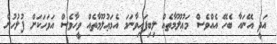
އަދީ އޭނައާ ބެހޭ އެއްވެސް މަޢުލޫމާތެއް ލިބިފައިވާނަމަ އެމަޢުލޫމާތެއް ވީހާވެސް އަވަހަކަށް ފުލުހުން